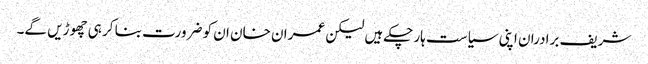
شریف برادران اپنی سیاست ہار چکےہیں لیکن عمران خان ان کو ضرورت بنا کر ہی چھوڑیں گے۔